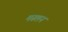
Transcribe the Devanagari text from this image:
मस्लन